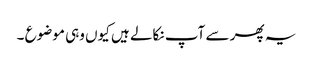
یہ پھر سے آپ نکالے ہیں کیوں وہی موضوع ۔